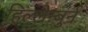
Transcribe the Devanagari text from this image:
हिल्लेन्बुर्न